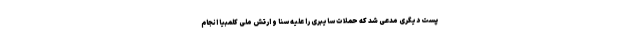
پست دیگری مدعی شد که حملات سایبری را علیه سنا و ارتش ملی کلمبیا انجام